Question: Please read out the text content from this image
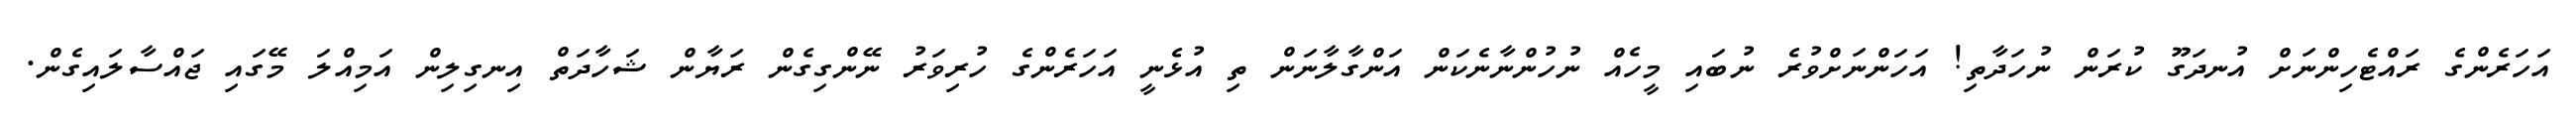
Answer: އަހަރެންގެ ރައްޓެހިންނަށް އުނދަގޫ ކުރަން ނުހަދާތި! އަހަންނަށްވުރެ ނުބައި މީހެއް ނުހުންނާނެކަން އަންގާލާނަން ތި އުޅެނީ އަހަރެންގެ ހުރިވަރު ނޭންގިގެން ރަޔާން ޝަހާދަތް އިނގިލިން އަމިއްލަ މޭގައި ޖައްސާލައިގެން.